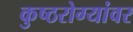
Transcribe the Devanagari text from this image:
कुष्ठरोग्यांवर